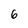
Character: 6